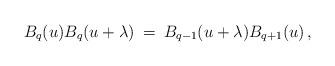
LaTeX: \begin{align*}B_q(u) B_q(u+\lambda)\:=\:B_{q-1}(u+\lambda)B_{q+1}(u) \, ,\end{align*}